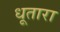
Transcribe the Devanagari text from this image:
धूतारा